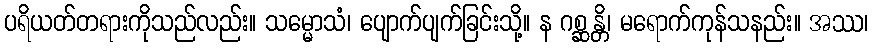
ပရိယတ်တရားကိုသည်လည်း။ သမ္မောသံ၊ ပျောက်ပျက်ခြင်းသို့။ န ဂစ္ဆန္တိ၊ မရောက်ကုန်သနည်း။ အဿ၊